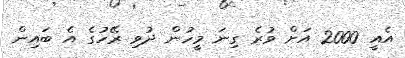
އެއީ 2000 އަށް ވުރެ ގިނަ މީހުން ދުވި ރޭހުގެ އެ ބައިން